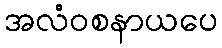
အလံဝစနာယပေ